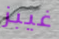
غيبز